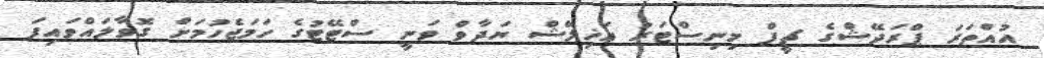
އުއްތަރަ ޕްރަދޭޝްގެ ޗީފް މިނިސްޓަރު އަޚިލޭޝް ޔަދާވް ވަނީ ސްޓޭޓުގެ ހަމަޖެހުމަށް ގޮވާލައްވައިފަ